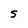
Character: S